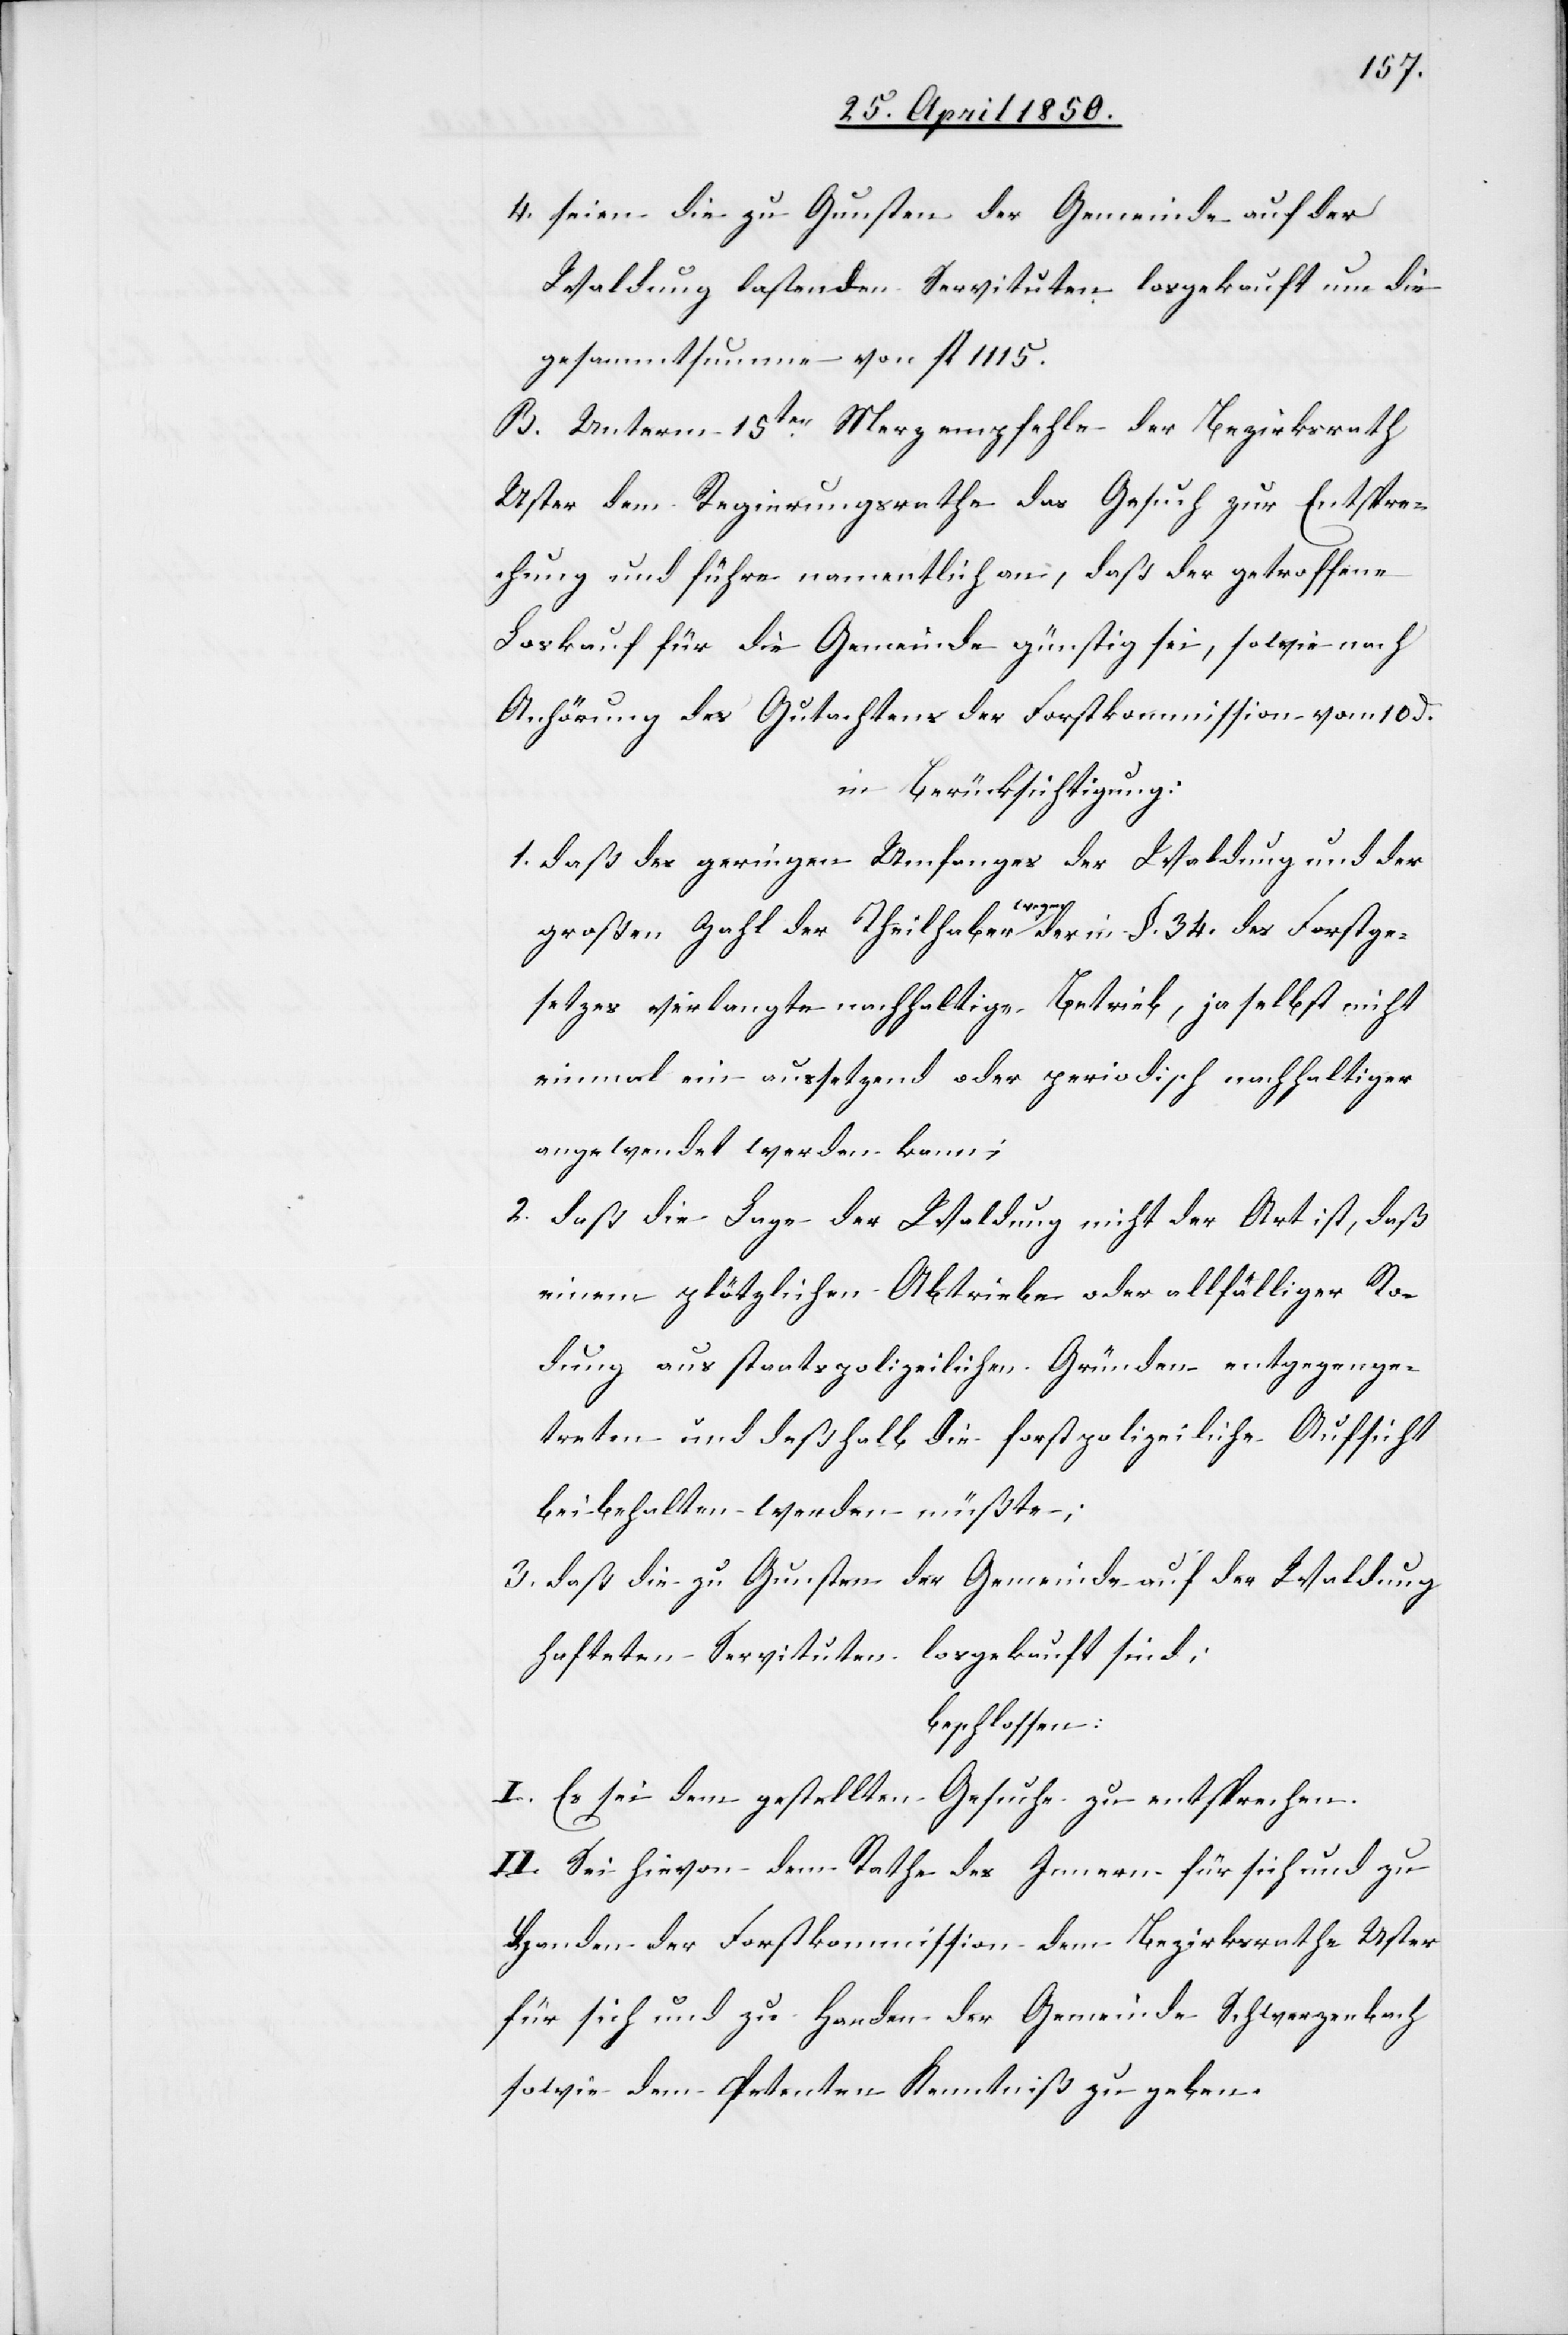
4. seien die zu Gunsten der Gemeinde auf der
Waldung lastenden Servituten losgekauft um die
gesammtsumme von fl 1115.
B. Unterm 15ten Merz empfehle der Bezirksrath
Uster dem Regierungsrathe das Gesuch zur Entspre¬
chung und führe namentlich an, daß der getroffene
Loskauf für die Gemeinde günstig sei, sowie nach
Anhörung des Gutachtens der Forstkommission vom 10 d.
in Berücksichtigung:
1. daß des geringen Umfanges der Waldung und der
großen Zahl der Theilhaber wegen der in §. 34. des Forstge¬
setzes verlangte nachhaltige Betrieb, ja selbst nicht
einmal ein aussetzend oder periodisch nachhaltiger
angewendet werden kann;
2. daß die Lage der Waldung nicht der Art ist, daß
einem plötzlichen Abtriebe oder allfälliger Ro¬
dung aus staatspolizeilichen Gründen entgegenge¬
treten und deßhalb die forstpolizeiliche Aufsicht
beibehalten werden müßte;
3. daß die zu Gunsten der Gemeinde auf der Waldung
hafteten Servituten losgekauft sind;
beschlossen:
I. Es sei dem gestellten Gesuche zu entsprechen.
II. Sei hievon dem Rathe des Innern für sich und zu
Handen der Forstkommission[,] dem Bezirksrathe Uster
für sich und zu Handen der Gemeinde Schwerzenbach
sowie dem Petenten Kenntniß zu geben.